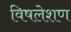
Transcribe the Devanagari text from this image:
विषलेशण